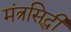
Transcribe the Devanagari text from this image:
मंत्रसिद्धी